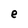
Character: e